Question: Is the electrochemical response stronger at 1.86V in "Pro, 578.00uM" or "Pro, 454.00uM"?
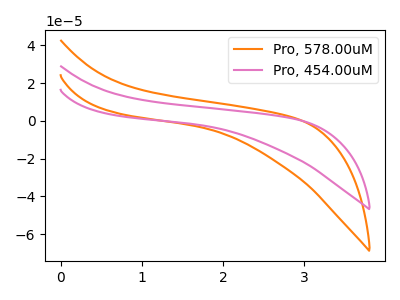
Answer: <think>The orange curve "Pro, 578.00uM" has no peaks. The pink curve "Pro, 454.00uM" has no peaks.</think>
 <answer>"Pro, 578.00uM" and "Pro, 454.00uM" dont share a peak at 1.86V.</answer>
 <eval>mismatch</eval>